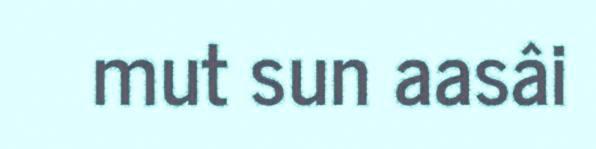
mut sun aasâi